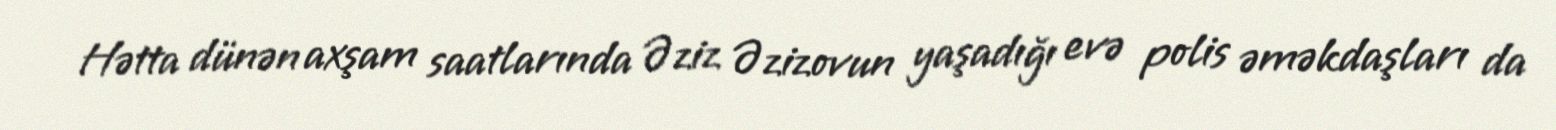
Hətta dünən axşam saatlarında Əziz Əzizovun yaşadığı evə polis əməkdaşları da